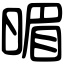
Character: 𣈲